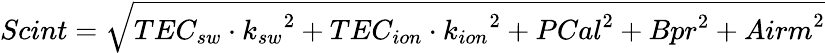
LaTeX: \begin{array}{r}{{Scint}=\sqrt{{TEC_{sw}\cdot k_{sw}}^{2}+{TEC_{ion}\cdot k_{ion}}^{2}+{PCal}^{2}+{Bpr}^{2}+{Airm}^{2}}}\end{array}